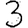
Digit: 3